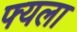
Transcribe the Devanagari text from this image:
फ्यला